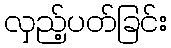
လှည့်ပတ်ခြင်း